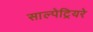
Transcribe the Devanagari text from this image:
साल्पेट्रियरे